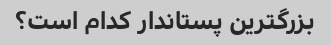
بزرگترین پستاندار کدام است؟